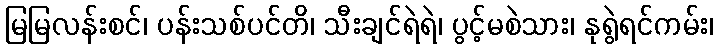
မြမြလန်းစင်၊ ပန်းသစ်ပင်တိ၊ သီးချင်ရဲရဲ၊ ပွင့်မစဲသား၊ နုရွဲရင်ကမ်း၊